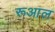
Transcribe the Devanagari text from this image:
रूआल